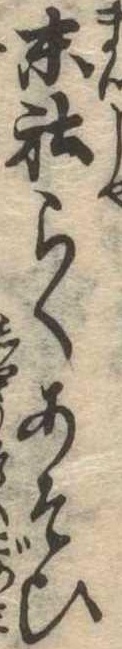
末社らくあそひ